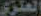
العنزي